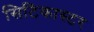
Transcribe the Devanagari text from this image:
सिटिकास्टर